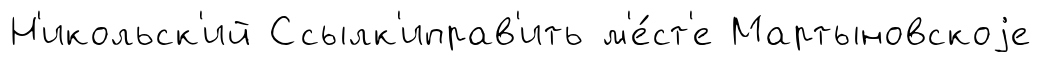
Н'икольск'ий Ссылк'иправ'ить м'е́ст'е Мартыновскоjе